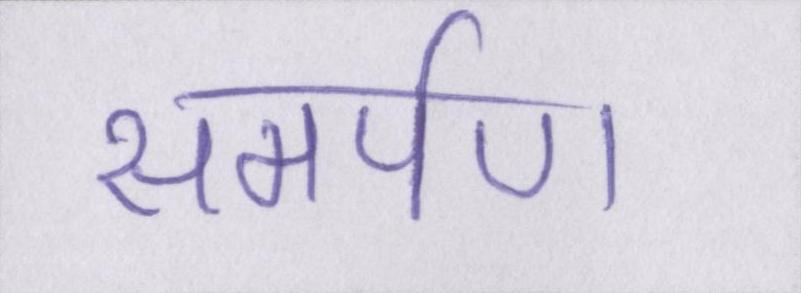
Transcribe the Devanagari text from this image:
समर्पण